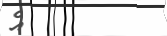
އެ